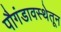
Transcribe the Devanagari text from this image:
पौगंडावस्थेतून